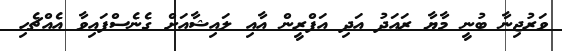
ވަރުޖިނާ ބުނީ މާޔާ ރައަދު އަދި އަފްރީން އާއި ލައިޝާއަށް ގެނެސްފައިވާ އެއްޗެހި